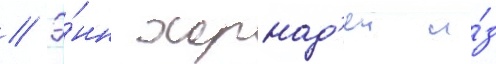
// Э́нн хорнад'еи и́з